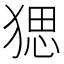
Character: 𤟧